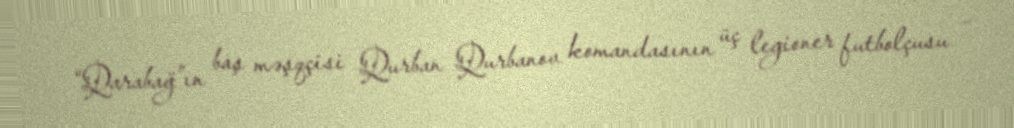
“Qarabağ”ın baş məşqçisi Qurban Qurbanov komandasının üç legioner futbolçusu –